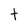
Character: t